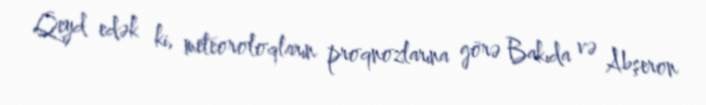
Qeyd edək ki, meteoroloqların proqnozlarına görə Bakıda və Abşeron